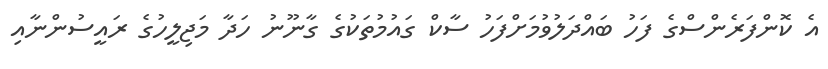
އެ ކޮންފަރެންސްގެ ފަހު ބައްދަލުވުމަށްފަހު ސާކް ގައުމުތަކުގެ ގާނޫނު ހަދާ މަޖިލީހުގެ ރައީސުންނާއި